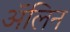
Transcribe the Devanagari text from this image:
ॲलिन